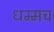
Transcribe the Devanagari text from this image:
धम्मच